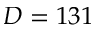
D = 1 3 1